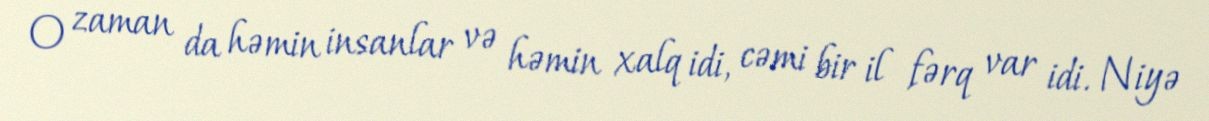
O zaman da həmin insanlar və həmin xalq idi, cəmi bir il fərq var idi. Niyə